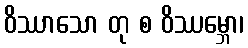
ဝိဿာသော တု စ ဝိဿမ္ဘော၊